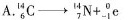
A. $$_{ 6 } ^ { 14 }C \rightarrow _{ 7 } ^ { 14 }N+__{ 1} ^ { 0 }e$$